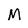
Character: M